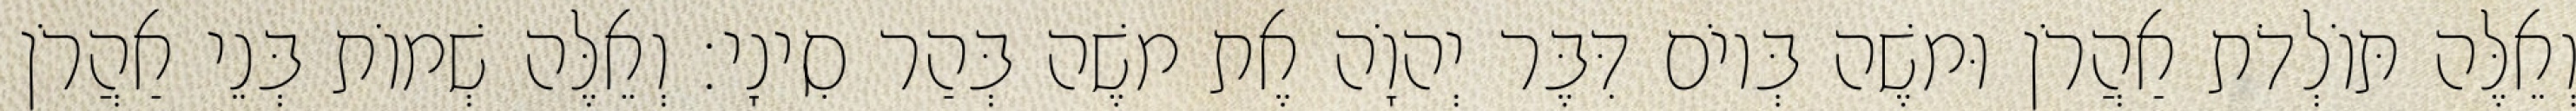
וְאֵלֶּה תּוֹלְדֹת אַהֲרֹן וּמשֶׁה בְּיוֹם דִּבֶּר יְהוָֹה אֶת משֶׁה בְּהַר סִינָי׃ וְאֵלֶּה שְׁמוֹת בְּנֵי אַהֲרֹן